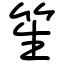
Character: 笙